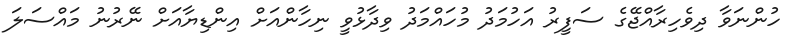
ހުންނަވާ ދިވެހިރާއްޖޭގެ ސަފީރު އަހުމަދު މުހައްމަދު ވިދާޅުވީ ނިހާންއަށް އިންޑިޔާއަށް ނޭރުނު މައްސަލަ